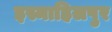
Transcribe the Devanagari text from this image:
इस्माहिलपुर